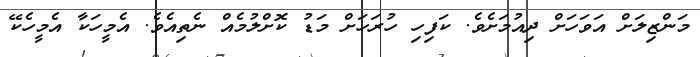
މަންޒިލަށް އަވަހަށް ދިއުމަށެވެ. ކަފިހި ހުރަހަށް މަޑު ކޮށްލުމެއް ނެތިއެވެ. އެމީހަކާ އެމީހެކޭ